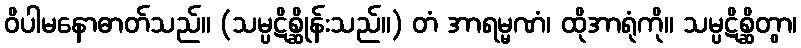
ဝိပါမနောဓာတ်သည်။ (သမ္ပဋိစ္ဆိုန်းသည်။) တံ အာရမ္မဏံ၊ ထိုအာရုံကို။ သမ္ပဋိစ္ဆိတွာ၊